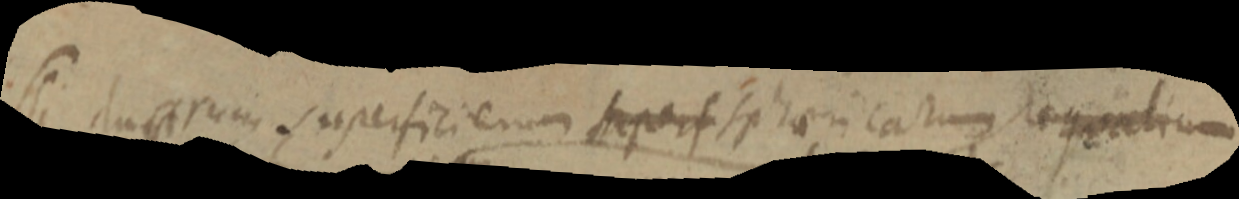
(Si duarum superficiem superf sphaericarum aequalium